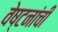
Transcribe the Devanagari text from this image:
वेष्टनांची